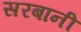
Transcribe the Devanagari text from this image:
सरबानी